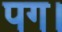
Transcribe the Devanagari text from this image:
पग।